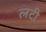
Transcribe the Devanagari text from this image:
लटी